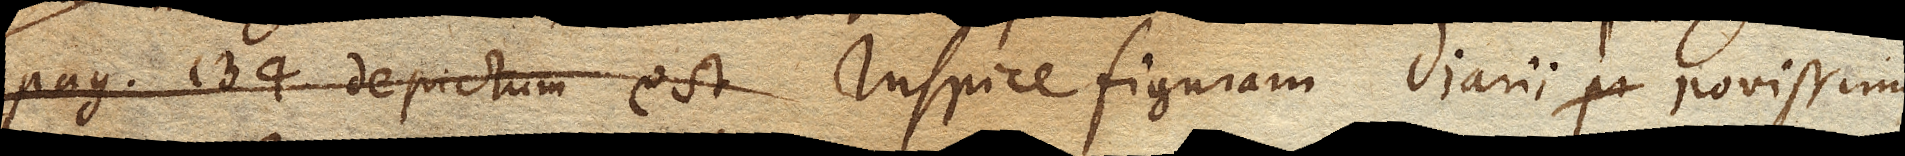
pag. 134 depictum est Vas Recipiens pneumaticum Inspice figuram Diarii novissimi